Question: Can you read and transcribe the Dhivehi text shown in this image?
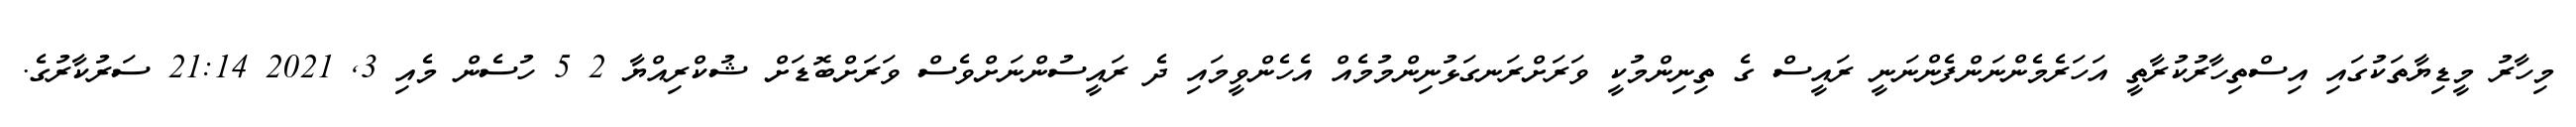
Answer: މިހާރު މީޑިޔާތަކުގައި އިސްތިހާރުކުރާތީ އަހަރެމެންނަންފެންނަނީ ރައީސް ގެ ތިނިންމުކީ ވަރަށްރަނގަޅުނިންމުމެއް އެހެންވީމައި ދެ ރައީސުންނަށްވެސް ވަރަށްބޮޑަށް ޝުކްރިއްޔާ 2 5 ހުސެން މެއި 3, 2021 21:14 ސަރުކާރުގެ.